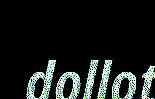
dollot